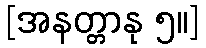
[အနတ္တာနု ၅။]